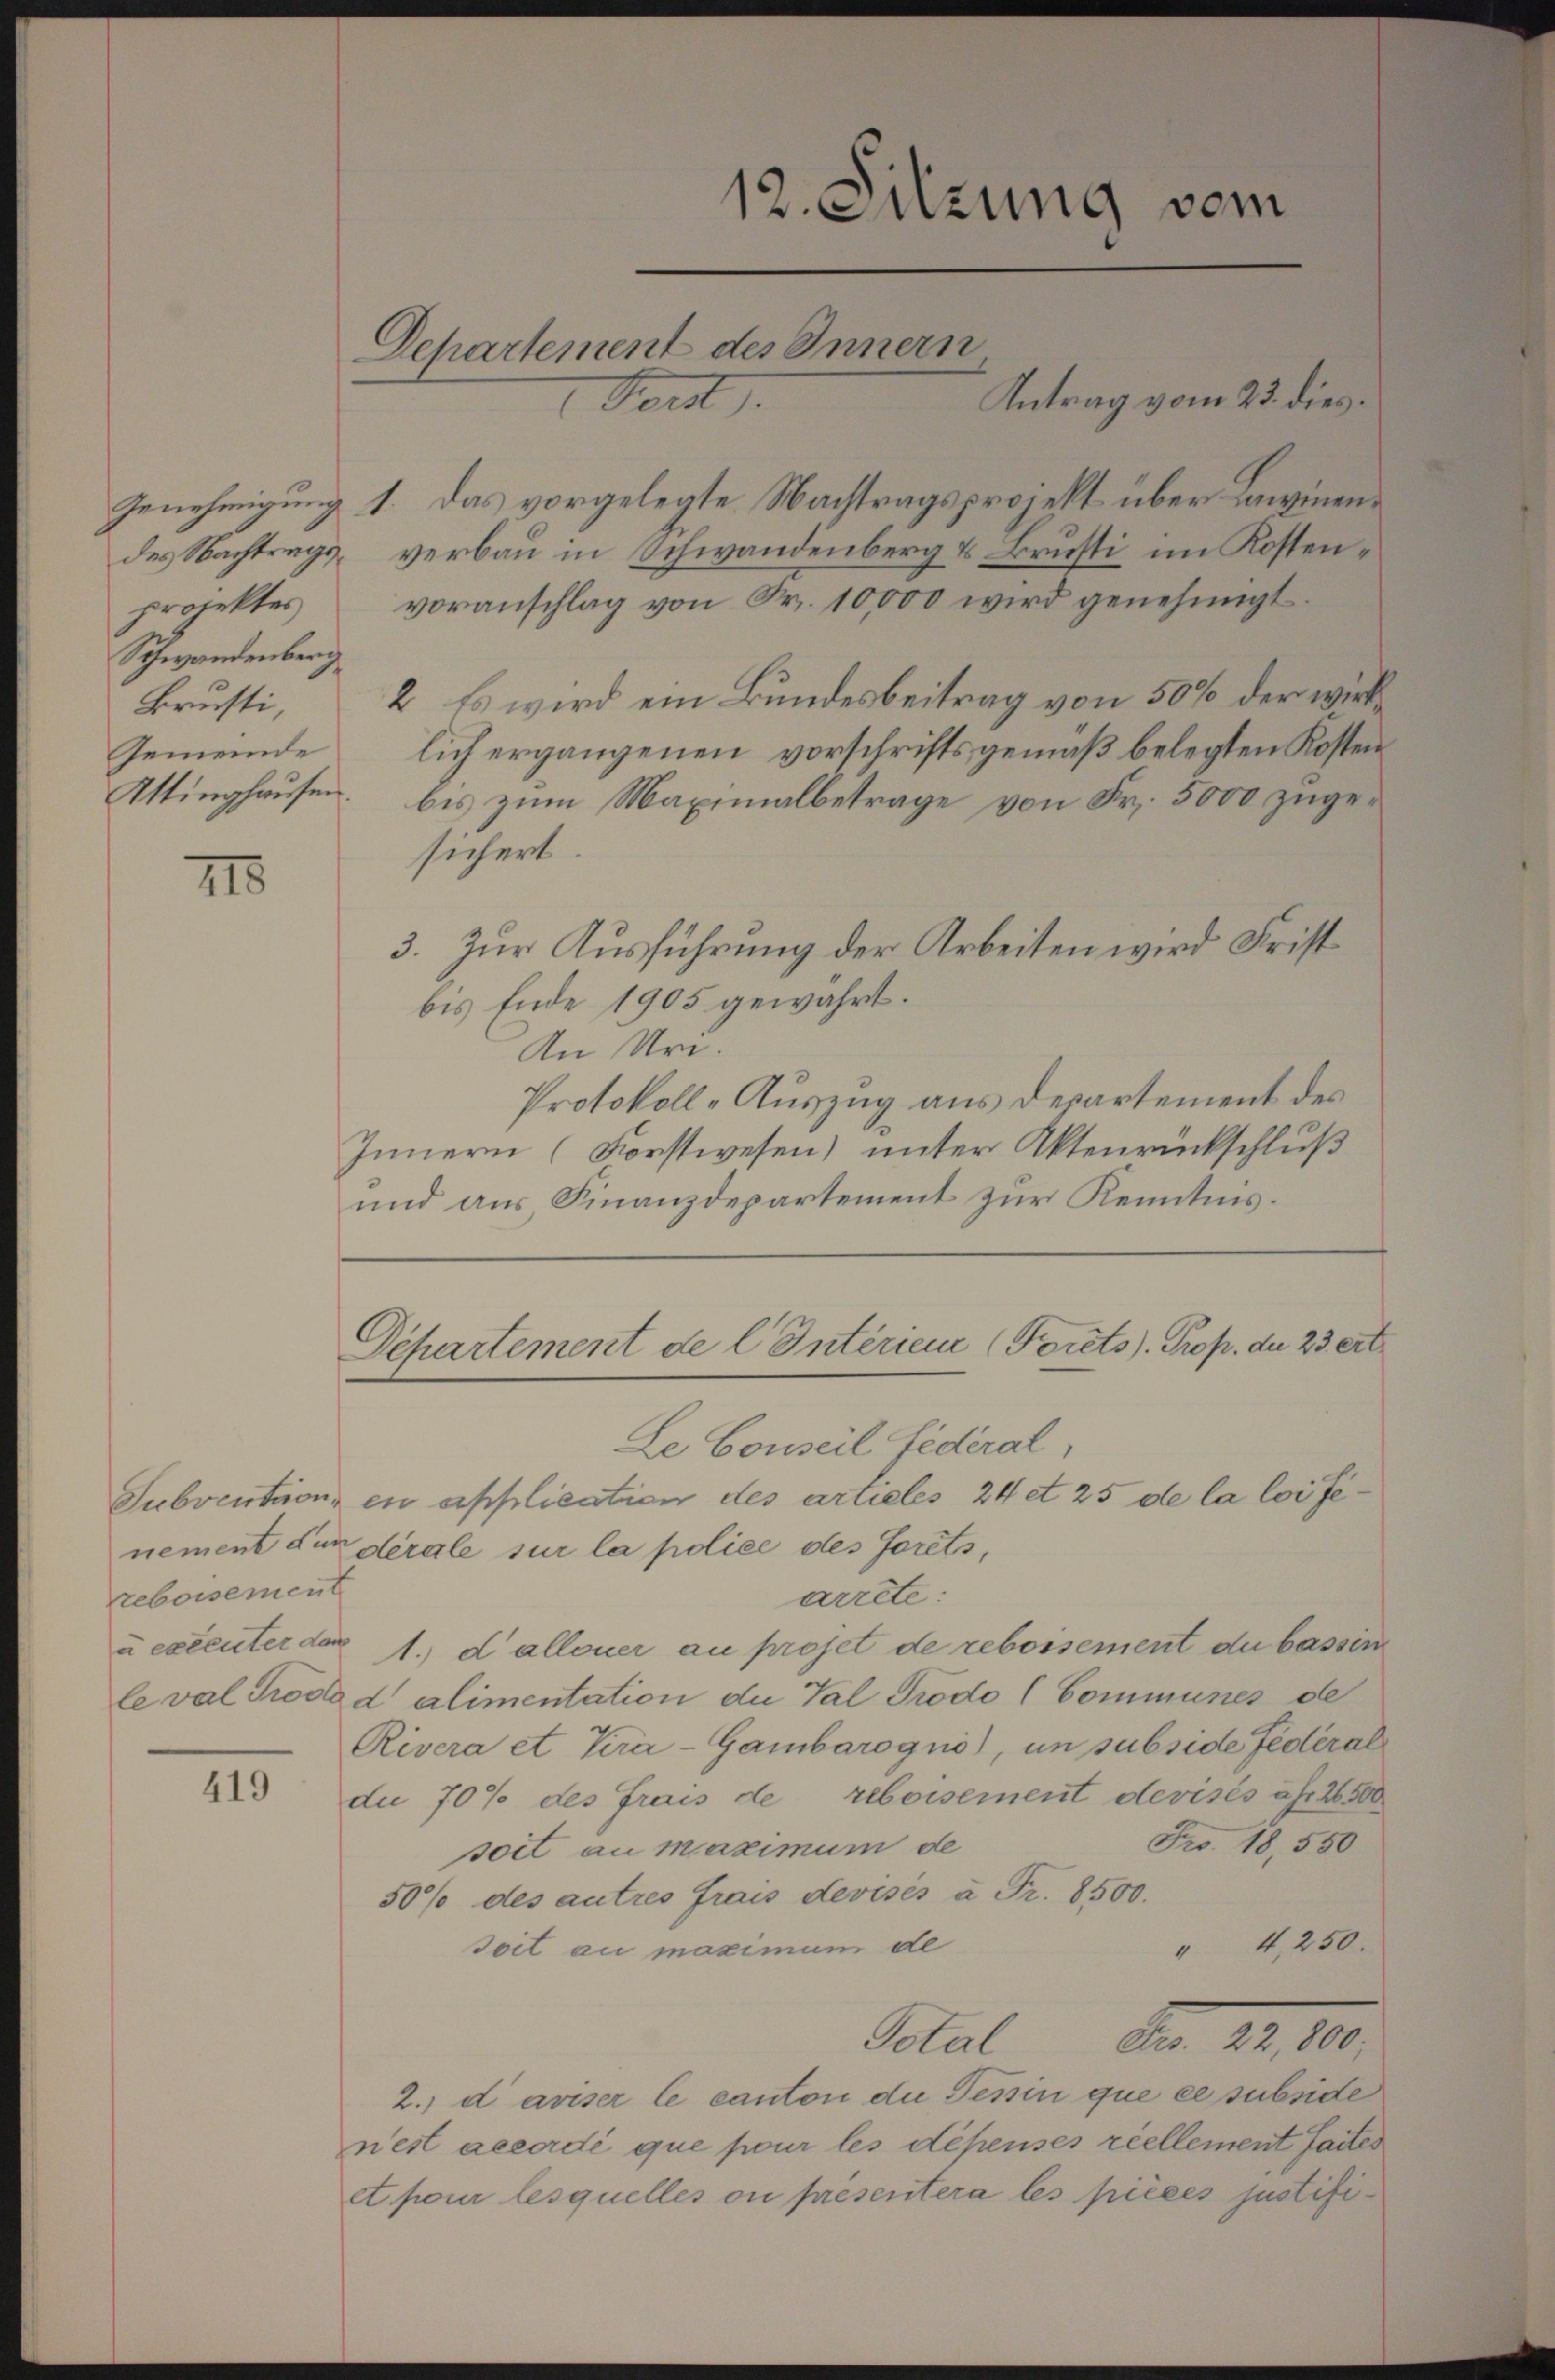
projektes
Schwandenberg
Gemeinde

118

nement dur
rebersement
u executer das
le val Trode

419

12. Sitzung vom
Departement des Innern
Antrag vom 22. dies
Fert

Genehmigung 1. Das vorgelegte Nachtragsprojekt über Lawinendes Nachtrags, verbau in Schwandenberg & Brusti im Kostenvoranschlag von Fr. 10,000 wird genehmigt.
Brusti, 2 Es wird ein Bundesbeitrag von 50 % der wirklich ergangenen vorschriftsgemäß belegten Kosten
Uttinghausen, bis zum Maximalbetrage von Fr. 5000 zugesichert.
3. Zur Ausführung der Arbeiten wird Frist
bis Ende 1905 gewährt.
An Uri.
Protokoll-Auszug aus Departement des
Innern (Forstwesen) unter Aktenrückschluß
und aus, Finanzdepartement zur Kenntnis¬

Departement de l. Interien (Forts). Prop. der 23 ert
Le Conseil Federal
Subvention en application des artieles 24 et 25 de la loi fe¬

dérale sur la police des forets,
arrete:
1. dalloner au projet de reboisement du bassin
d alimentation die Val Prodo (Communes de
Rivera et tra-Gambarogno, in subside Federal
du 70% des Frais de reboisement devisés als 26500
Fro. 18,550
soit au maximum de
50% des autres frais devisés u Fr. 8500.
" 4,250.
soit au maximum de
Fr. 12. 10.
Total
2.) dariser le canton die Tessin que ce subside
n’est accordé que pour les dépensés réellement faites
et pour lesquelles ou presentera les pièces justifi¬